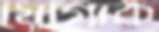
যোগাক